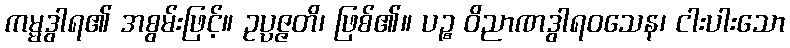
ကမ္မဒွါရ၏ အစွမ်းဖြင့်။ ဥပ္ပဇ္ဇတိ၊ ဖြစ်၏။ ပဉ္စ ဝိညာဏဒွါရဝသေန၊ ငါးပါးသော